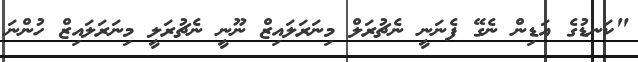
"ކަނޑުގެ އަޑިން ނެގޭ ފެނަނީ ނެޗުރަލް މިނަރަލައިޒް ނޫނީ ނެޗުރަލީ މިނަރަލައިޒް ހުންނަ